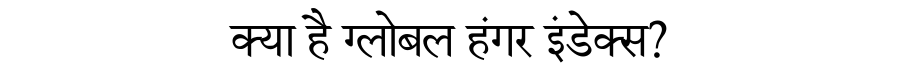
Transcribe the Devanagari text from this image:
क्या है ग्लोबल हंगर इंडेक्स?